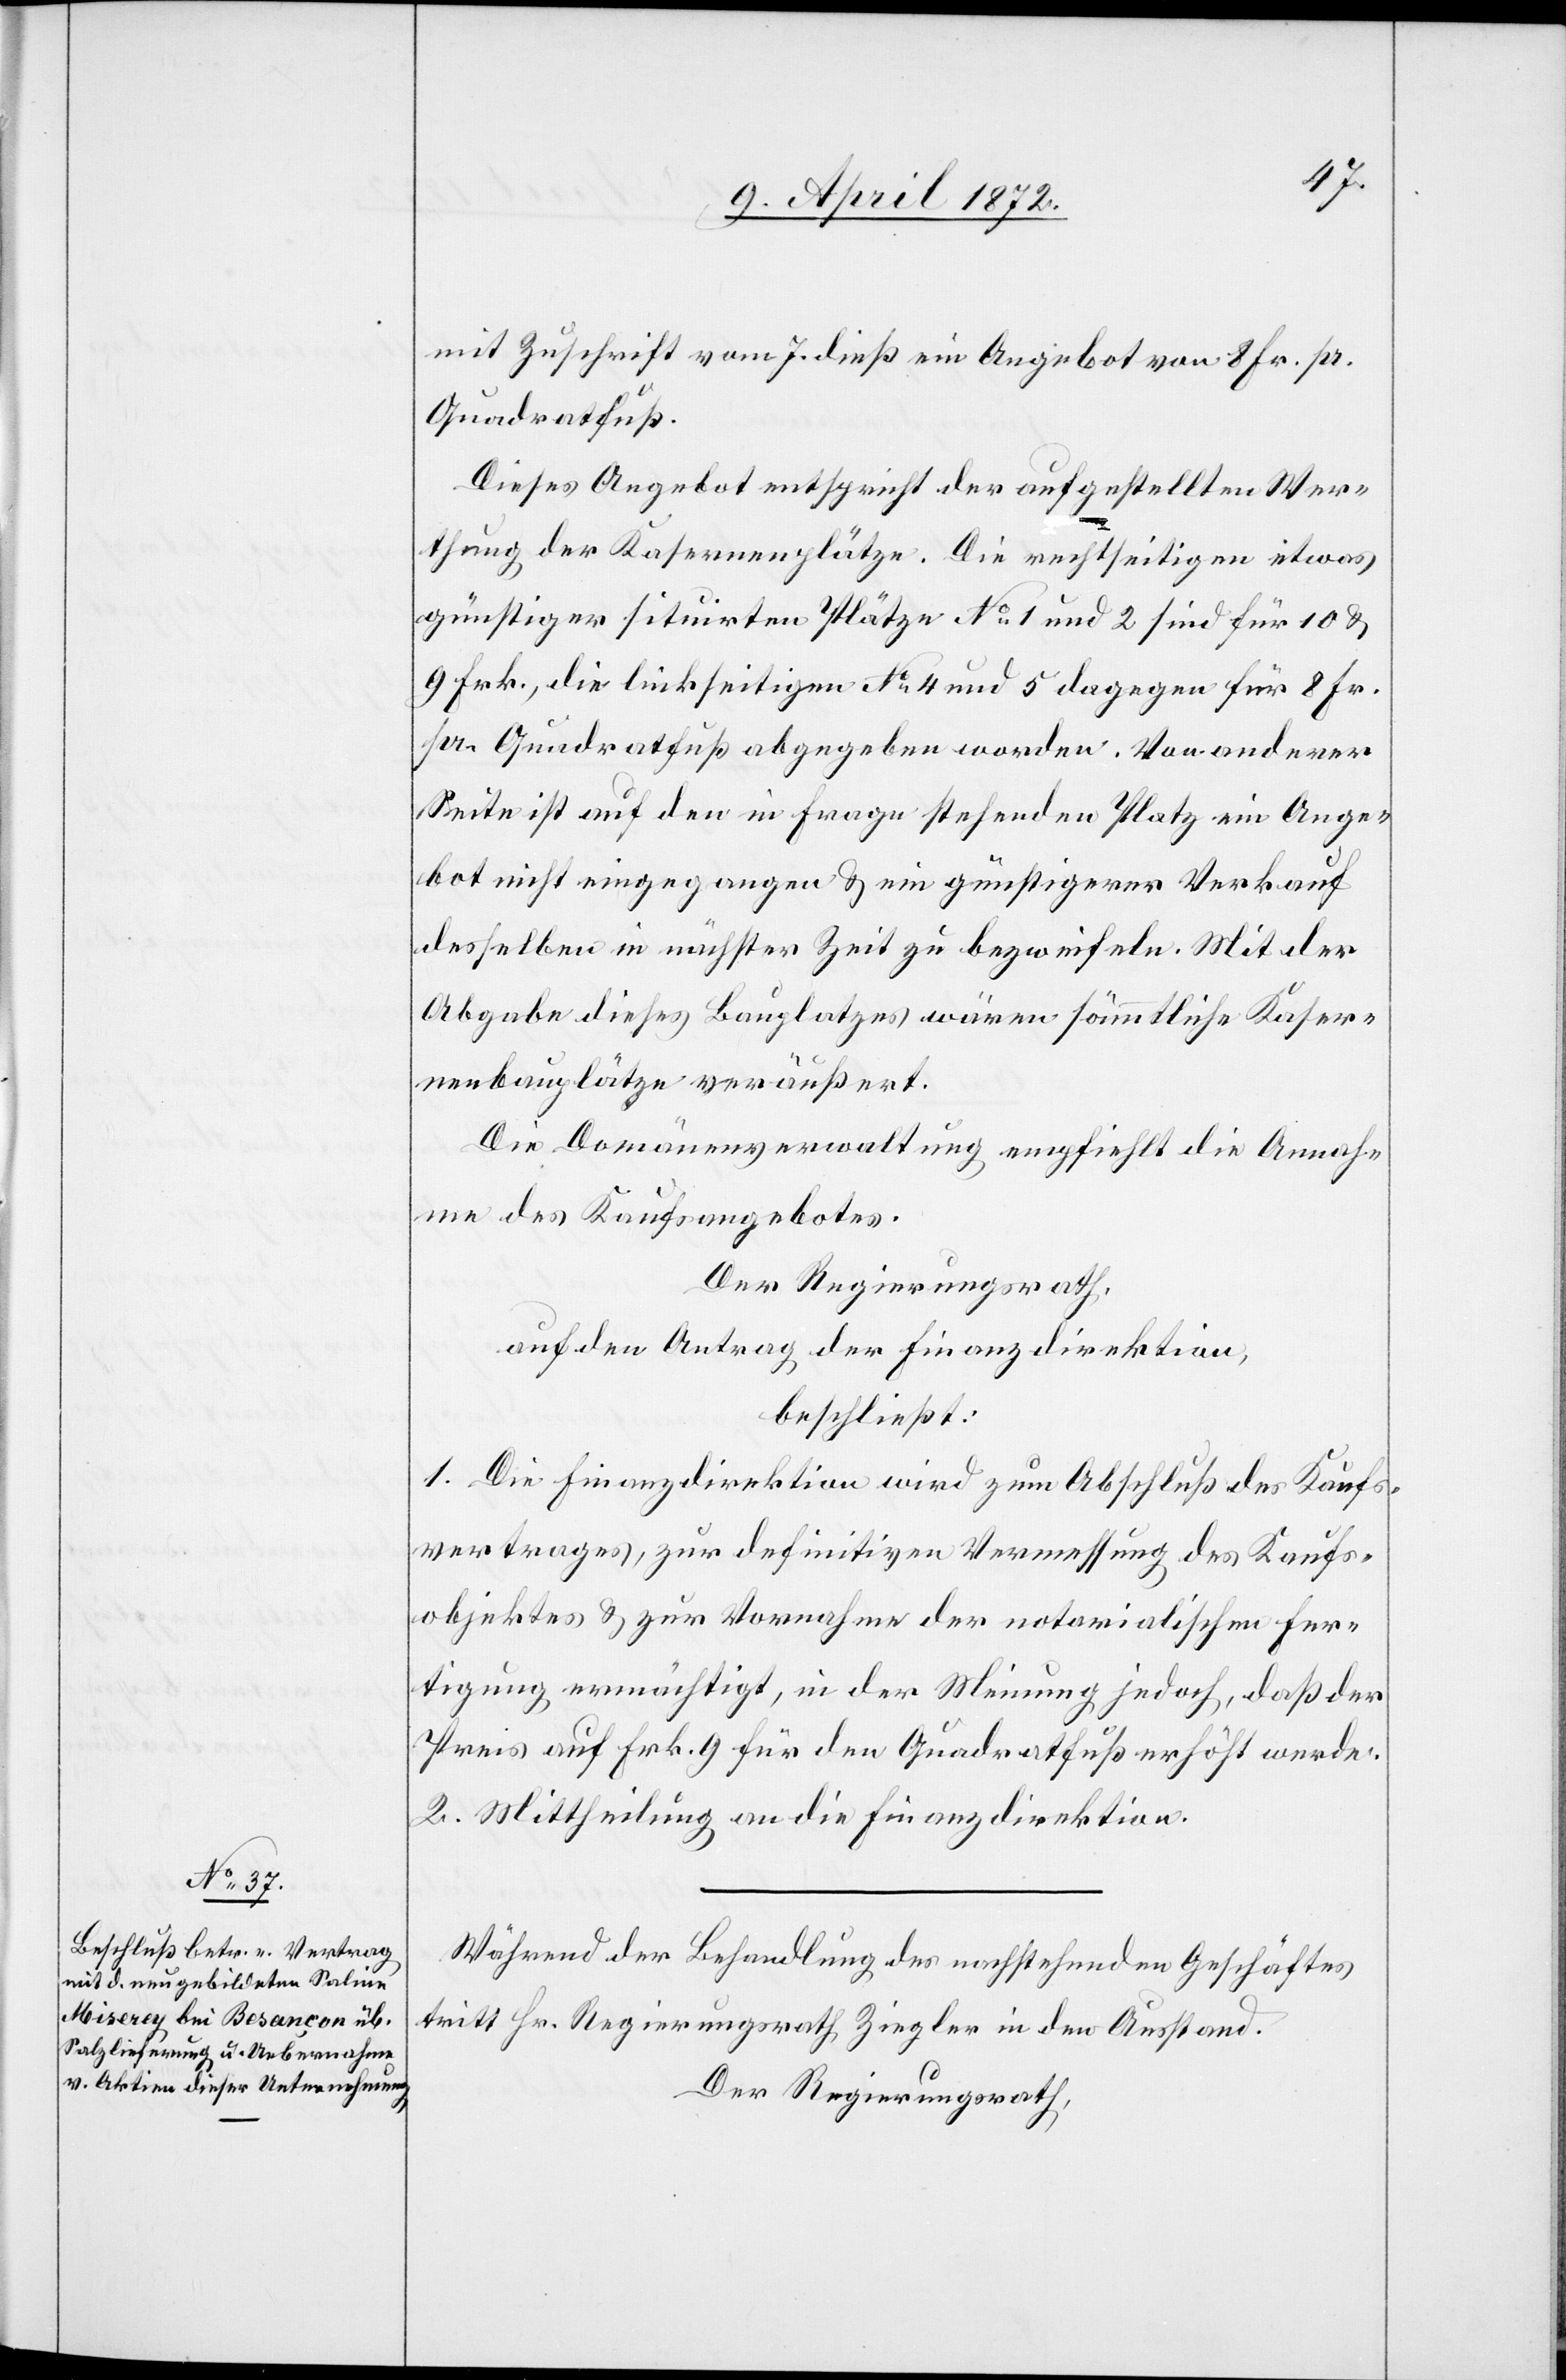
mit Zuschrift vom 7. dieß ein Angebot von 8 Fr. pr.
Quadratfuß.
Dieses Angebot entspricht der aufgestellten Wer¬
thung der Kasernenplätze. Die rechtseitigen etwas
günstiger situirten Plätze No 1 und 2 sind für 10 u.
9 Frk., die linkseitigen No 4 und 5 dagegen für 8 Fr.
pr. Quadratfuß abgegeben worden. Von anderer
Seite ist auf den in Frage stehenden Platz ein Ange¬
bot nicht eingegangen u. ein günstigerer Verkauf
desselben in nächster Zeit zu bezweifeln. Mit der
Abgabe dieses Bauplatzes wären sämtliche Kaser¬
nenbauplätze veräußert.
Die Domänenverwaltung empfiehlt die Annah¬
me des Kaufsangebotes.
Der Regierungsrath,
auf den Antrag der Finanzdirektion,
beschließt:
1. Die Finanzdirektion wird zum Abschluß des Kaufs¬
vertrages, zur definitiven Vermessung des Kaufs¬
objektes u. zur Vornahme der notarialischen Fer¬
tigung ermächtigt, in der Meinung jedoch, daß der
Preis Frk. 9 für den Quadratfuß erhöht werde.
2. Mittheilung an die Finanzdirektion.
Während der Behandlung des nachstehenden Geschäftes
tritt Hr. Regierungsrath Ziegler in den Ausstand.
Der Regierungsrath,